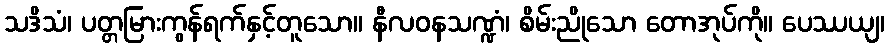
သဒိသံ၊ ပတ္တမြားကွန်ရက်နှင့်တူသော။ နီလဝနသဏ္ဍံ၊ စိမ်းညိုသော တောအုပ်ကို။ ပေဿယျ၊